Leaving Certificate Examination (including Day School Certificate (Higher) General paper), 1939
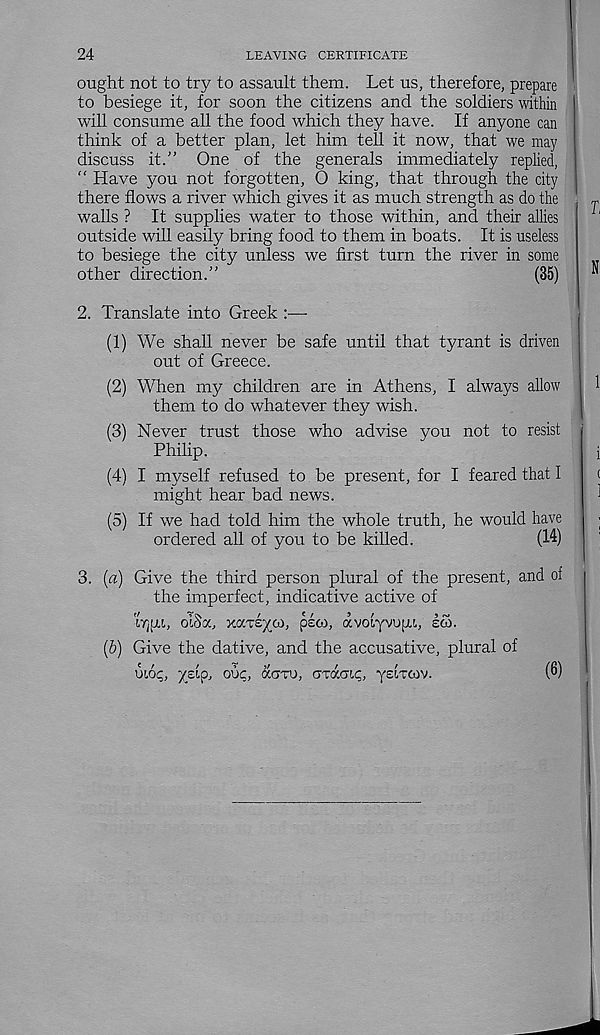
24
LEAVING CERTIFICATE
ought not to try to assault them. Let us, therefore, prepare
to besiege it, for soon the citizens and the soldiers within
will consume all the food which they have. If anyone can
think of a better plan, let him tell it now, that we may
discuss it.” One of the generals immediately replied,
“ Have you not forgotten, O king, that through the city
there flows a river which gives it as much strength as do the
walls ? It supplies water to those within, and their allies
outside will easily bring food to them in boats. It is useless
to besiege the city unless we first turn the river in some
other direction.”
(35)
2. Translate into Greek :—-
(1) We shall never be safe until that tyrant is driven
out of Greece.
(2) When my children are in Athens, I always allow
them to do whatever they wish.
(3) Never trust those who advise you not to resist
Philip.
(4) I myself refused to be present, for I feared that I
might hear bad news.
(5) If we had told him the whole truth, he would have
ordered all of you to be killed.
(14)
3. (a) Give the third person plural of the present, and of
the imperfect, indicative active of
lYjfxt, oiSa, xoiTsyoi, psco, avotyvopu, i£>.
(b) Give the dative, and the accusative, plural of
ULO^, yzip, ode, CCCTTO, GTacu;,
(8)